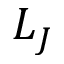
L _ { J }